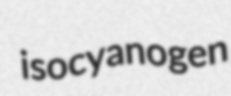
isocyanogen